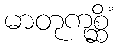
မာတုကုစ္ဆိံ